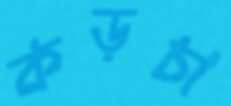
কড়চা